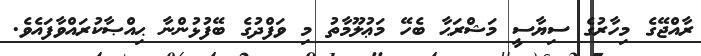
ރާއްޖޭގެ މިހާރުގެ ސިޔާސީ މަޝްރަޙާ ބެހޭ މަޢުލޫމާތު މި ވަފްދުގެ ބޭފުޅުންނާ ޙިއްޞާކުރައްވާފައެވެ.